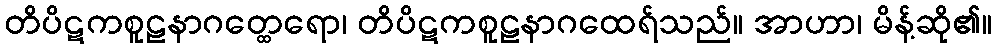
တိပိဋကစူဠနာဂတ္ထေရော၊ တိပိဋကစူဠနာဂထေရ်သည်။ အာဟာ၊ မိန့်ဆို၏။